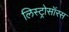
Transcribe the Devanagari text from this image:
लिस्ट्रोसॉरस